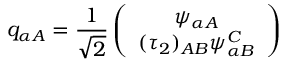
q _ { \alpha A } = \frac { 1 } { \sqrt { 2 } } \left( \begin{array} { c } { { \psi _ { \alpha A } } } \\ { { ( \tau _ { 2 } ) _ { A B } \psi _ { \alpha B } ^ { \cal C } } } \end{array} \right)